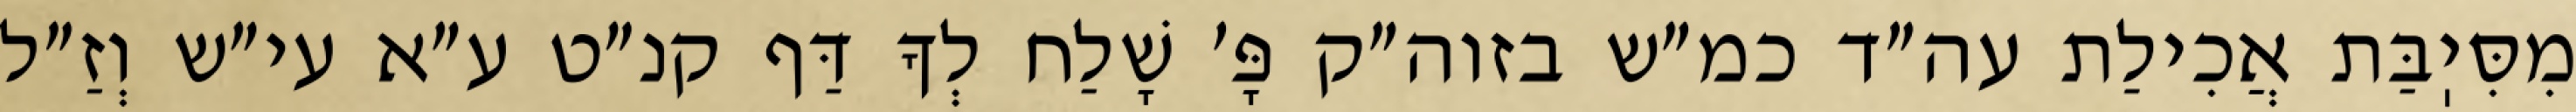
מִסִּיֽבַּת אֲכִילַת עה״ד כמ״ש בזוה״ק פָּ׳ שָׁלַח לְךָ דַּף קנ״ט ע״א עי״ש וְזַ״ל